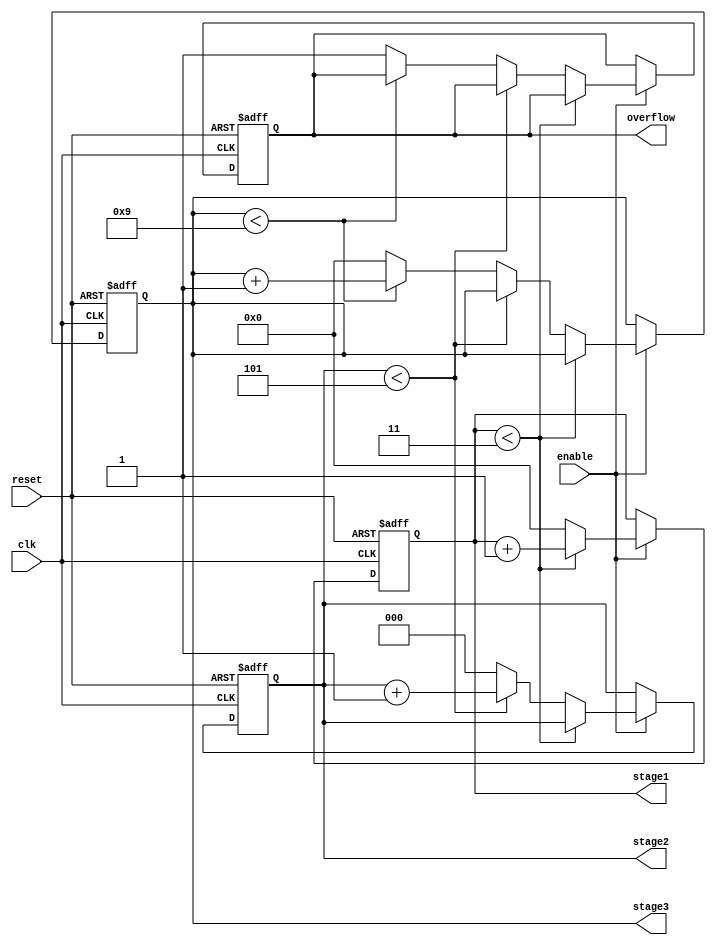
module mixed_radix_counter (
    input wire clk,               // Clock signal
    input wire reset,             // Asynchronous reset
    input wire enable,            // Enable signal
    output reg [3:0] stage1,     // Stage 1 output (4 states: 0-3)
    output reg [2:0] stage2,     // Stage 2 output (6 states: 0-5)
    output reg [3:0] stage3,     // Stage 3 output (10 states: 0-9)
    output reg overflow           // Overflow signal
);

    // Radix values for each stage
    localparam R1 = 4;           // Radix for stage 1
    localparam R2 = 6;           // Radix for stage 2
    localparam R3 = 10;          // Radix for stage 3

    // Internal signals for counting
    reg [3:0] count1;            // Counter for stage 1
    reg [2:0] count2;            // Counter for stage 2
    reg [3:0] count3;            // Counter for stage 3

    // Initialize the counter values
    initial begin
        count1 = 0;
        count2 = 0;
        count3 = 0;
        overflow = 0;
    end

    // Counting mechanism
    always @(posedge clk or posedge reset) begin
        if (reset) begin
            count1 <= 0;
            count2 <= 0;
            count3 <= 0;
            overflow <= 0;
        end else if (enable) begin
            // Stage 1 counting
            if (count1 < R1 - 1) begin
                count1 <= count1 + 1;
            end else begin
                count1 <= 0; // Reset stage 1
                // Stage 2 counting
                if (count2 < R2 - 1) begin
                    count2 <= count2 + 1;
                end else begin
                    count2 <= 0; // Reset stage 2
                    // Stage 3 counting
                    if (count3 < R3 - 1) begin
                        count3 <= count3 + 1;
                    end else begin
                        count3 <= 0; // Reset stage 3
                        overflow <= 1; // Set overflow signal
                    end
                end
            end
        end
    end

    // Assign outputs
    always @(*) begin
        stage1 = count1;
        stage2 = count2;
        stage3 = count3;
    end

endmodule